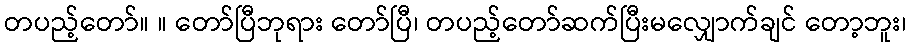
တပည့်တော်။ ။ တော်ပြီဘုရား တော်ပြီ၊ တပည့်တော်ဆက်ပြီးမလျှောက်ချင် တော့ဘူး၊